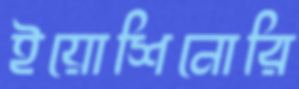
ইয়োশিনোরি